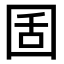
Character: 𡇜